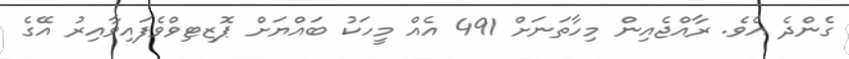
ގެންދެ އެވެ. ރާއްޖެއިން މިހާތަނަށް 491 އެއް މީހަކު ބައްޔަށް ޕޮޒިޓިވްވެފައިވާއިރު އޭގެ